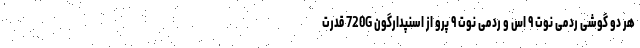
هر دو گوشی ردمی نوت ۹ اس و ردمی نوت ۹ پرو از اسنپدارگون 720G قدرت